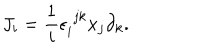
LaTeX: J _ { i } = { \frac { 1 } { i } } \epsilon _ { i } ^ { \, \, j k } x _ { j } \partial _ { k } .